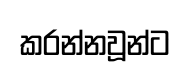
කරන්නවූන්ට